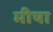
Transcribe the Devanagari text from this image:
मीषा